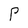
Character: P